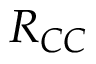
R _ { C C }